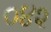
૦૪૨